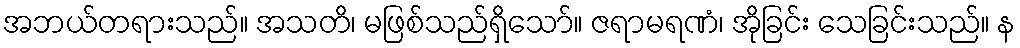
အဘယ်တရားသည်။ အသတိ၊ မဖြစ်သည်ရှိသော်။ ဇရာမရဏံ၊ အိုခြင်း သေခြင်းသည်။ န